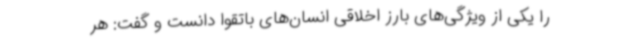
را یکی از ویژگی‌های بارز اخلاقی انسان‌های باتقوا دانست و گفت: هر